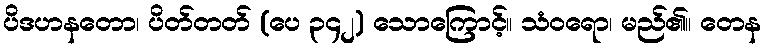
ပိဒဟနတော၊ ပိတ်တတ် (ပေ ၃၄၂) သောကြောင့်။ သံဝရော၊ မည်၏။ တေန